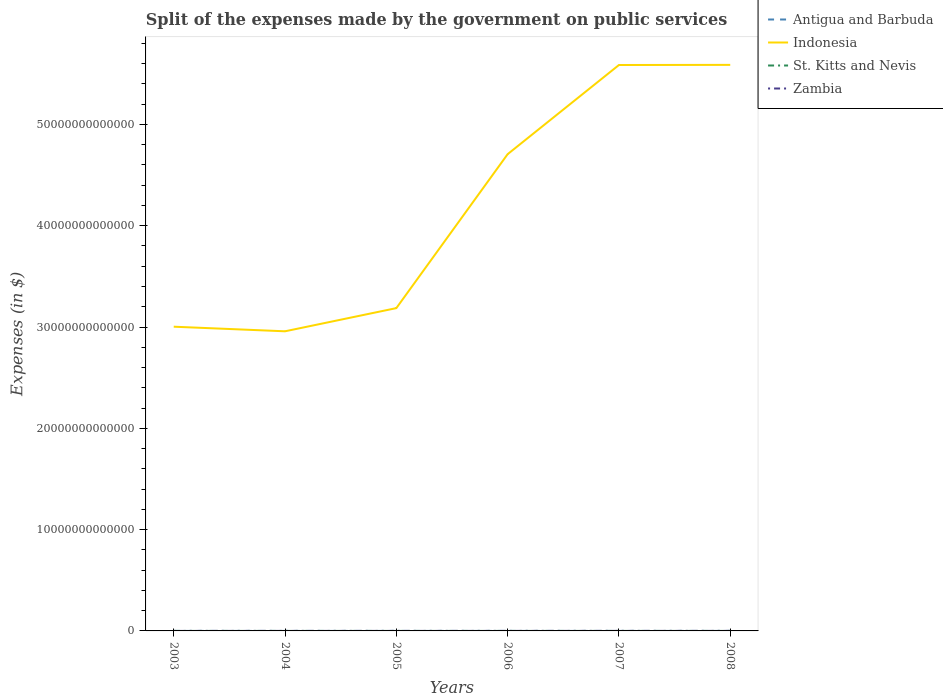
| Years | Antigua and Barbuda | Indonesia | St. Kitts and Nevis | Zambia |
 | --- | --- | --- | --- | --- |
 | 2003 | 9.59e+07 | 3e+13 | 7.9e+07 | 6.77e+08 |
 | 2004 | 1.1e+08 | 2.96e+13 | 9.58e+07 | 8.9e+08 |
 | 2005 | 1.11e+08 | 3.19e+13 | 1.15e+08 | 1.87e+09 |
 | 2006 | 1.26e+08 | 4.71e+13 | 1.29e+08 | 2.12e+09 |
 | 2007 | 1.48e+08 | 5.59e+13 | 1.4e+08 | 3.34e+09 |
 | 2008 | 1.85e+08 | 5.59e+13 | 1.37e+08 | 3e+09 |